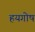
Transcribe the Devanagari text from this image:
हयगोष